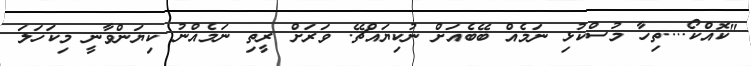
"ކޮއްކޯ....ތިހާ މުސްކުޅި ނަމެއް ބޭބެއަށް ނުކިޔައްޗޭ. ވަރަށް ރީތި ނަމެއްނު ކިޔަންވާނީ މިކަހަލަ